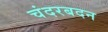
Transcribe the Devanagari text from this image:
चंदरबदन